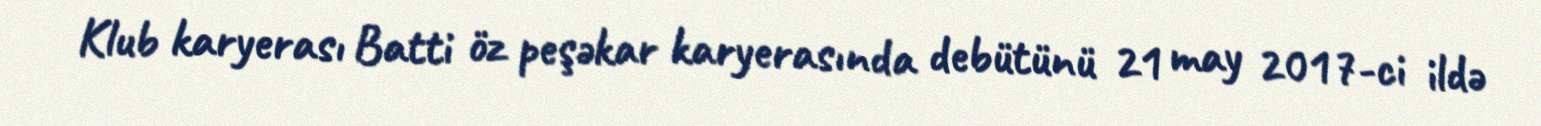
Klub karyerası Batti öz peşəkar karyerasında debütünü 21 may 2017-ci ildə